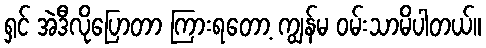
ရှင် အဲဒီလိုပြောတာ ကြားရတော့ ကျွန်မ ဝမ်းသာမိပါတယ်။